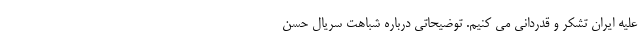
علیه ایران تشکر و قدردانی می کنیم. توضیحاتی درباره شباهت سریال حسن